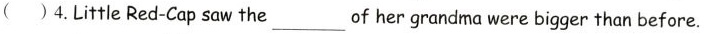
( ) 4. Little Red-Cap saw the ___ of her grandma were bigger than before.